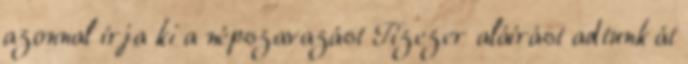
azonnal írja ki a népszavazást Tízezer aláírást adtunk át